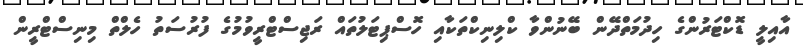
އާއިލީ ޑޮކްޓަރުންގެ ހިދުމަތްދޭން ބޭނުންވާ ކްލިނިކްތަކާއި ހޮސްޕިޓަލުތައް ރަޖިސްޓްރީވުމުގެ ފުރުސަތު ހެލްތް މިނިސްޓްރީން